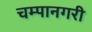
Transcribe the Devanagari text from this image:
चम्पानगरी